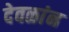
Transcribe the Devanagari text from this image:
देवळांन